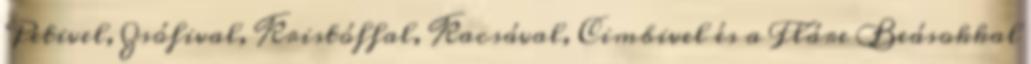
Petivel, Zsófival, Kristóffal, Kacsával, Cimbivel és a Fláre Beásokkal